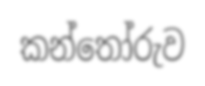
කන්තෝරුව